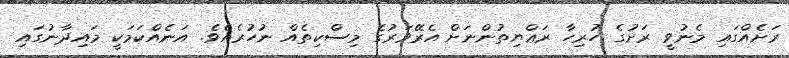
ރަށެއްގައި މެނުވީ ރަށުގެ ހުރިހާ ރަޢްޔިތުންނަށް އެރޭވަރުގެ މިސްކިތެއް ނުހުރެއެވެ. އަނެއްކަމަކީ މައިދާނުގައި